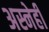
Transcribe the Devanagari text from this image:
अस्नेही